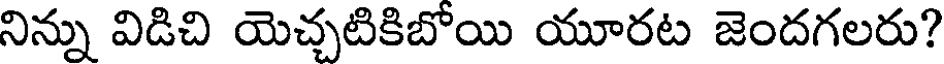
నిన్ను విడిచి యెచ్చటికిబోయి యూరట జెందగలరు?